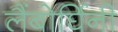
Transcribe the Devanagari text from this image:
लैंबोर्घिनी